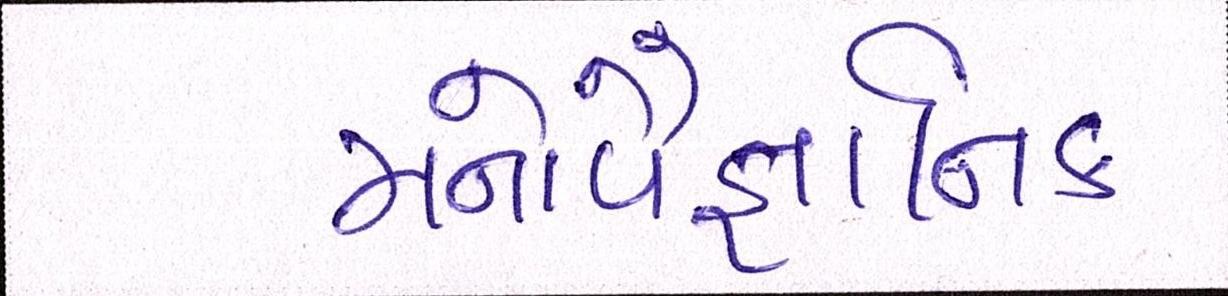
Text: મનોવૈજ્ઞાાનિક